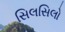
સિલસિલો